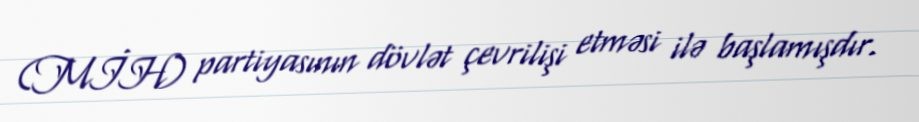
(MİH) partiyasının dövlət çevrilişi etməsi ilə başlamışdır.